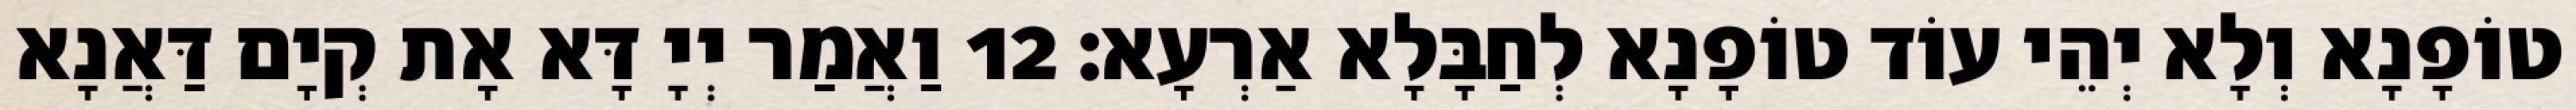
טוֹפָנָא וְלָא יְהֵי עוֹד טוֹפָנָא לְחַבָּלָא אַרְעָא׃ 12 וַאֲמַר יְיָ דָּא אָת קְיָם דַּאֲנָא